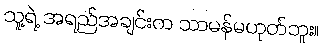
သူ့ရဲ့ အရည်အချင်းက သာမန်မဟုတ်ဘူး။